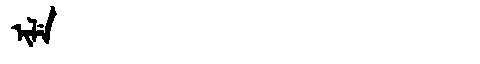
Manchu: ᡳᠯᡝ
Romanization: ILE